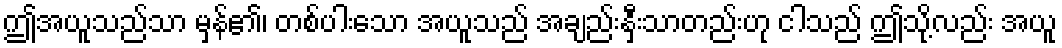
ဤအယူသည်သာ မှန်၏၊ တစ်ပါးသော အယူသည် အချည်းနှီးသာတည်းဟု ငါသည် ဤသို့လည်း အယူ